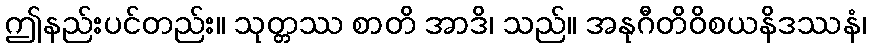
ဤနည်းပင်တည်း။ သုတ္တဿ စာတိ အာဒိ၊ သည်။ အနုဂီတိဝိစယနိဒဿနံ၊